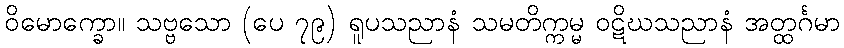
ဝိမောက္ခော။ သဗ္ဗသော (ပေ ၇၉) ရူပသညာနံ သမတိက္ကမ္မ ဝဋိဃသညာနံ အတ္ထင်္ဂမာ